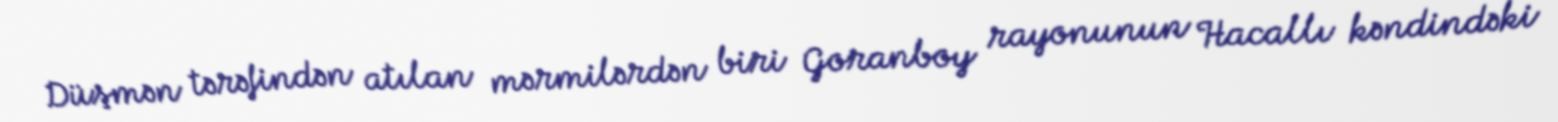
Düşmən tərəfindən atılan mərmilərdən biri Goranboy rayonunun Hacallı kəndindəki